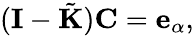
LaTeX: (\mathbf{I}-\tilde{\mathbf{K}})\mathbf{C}=\mathbf{e}_{\alpha},